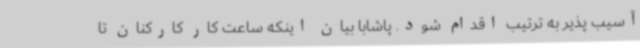
آسیب پذیر به ترتیب اقدام شود. پاشابا بیان اینکه ساعت کار کارکنان تا